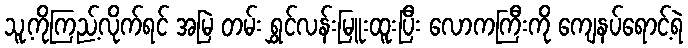
သူ့ကိုကြည့်လိုက်ရင် အမြဲ တမ်း ရွှင်လန်းမြူးထူးပြီး လောကကြီးကို ကျေနပ်ရောင့်ရဲ